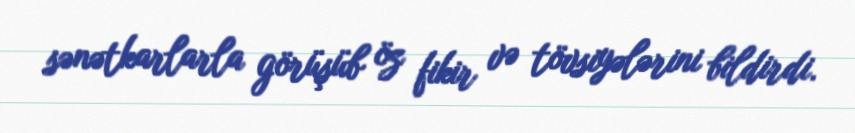
sənətkarlarla görüşüb öz fikir və tövsiyələrini bildirdi.